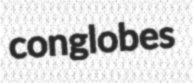
conglobes